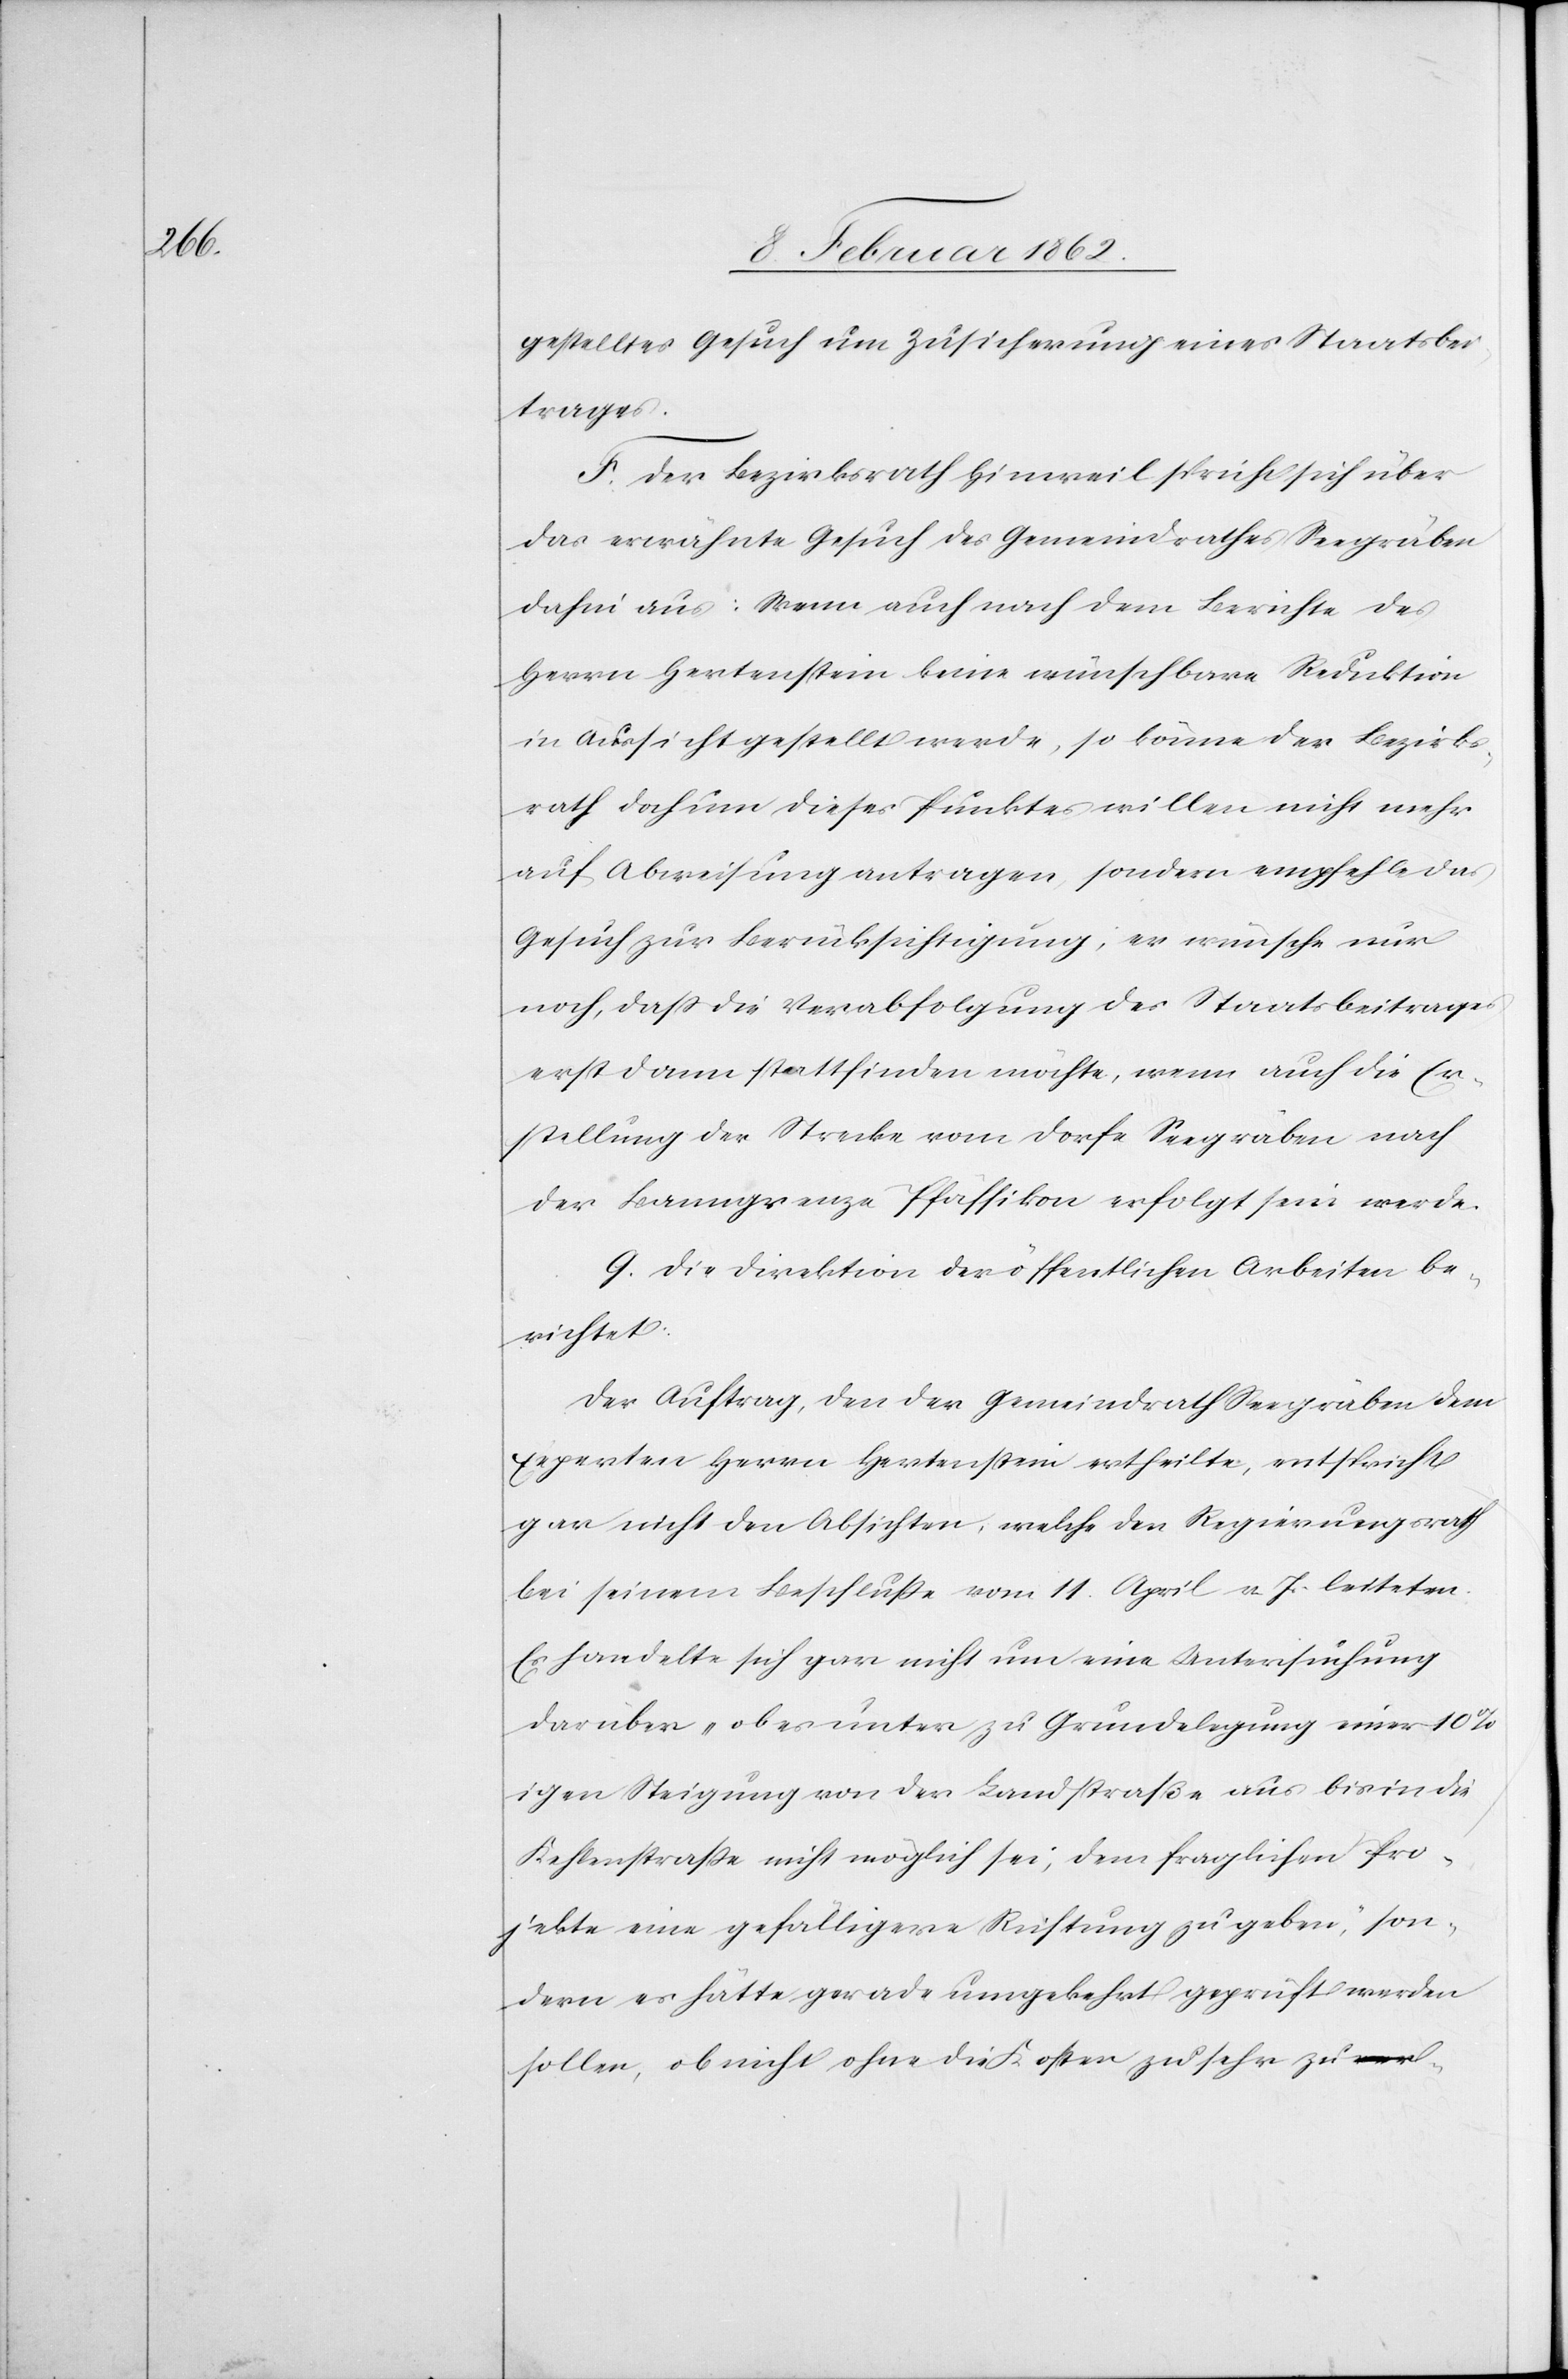
gestelltes Gesuch um Zusicherung eines Staatsbei¬
trages.
F. Der Bezirksrath Hinweil spricht sich über
das erwähnte Gesuch des Gemeindrathes Seegräben
dahin aus: Wenn auch nach dem Berichte des
Herrn Hertenstein keine wünschbare Reduktion
in Aussicht gestellt werde, so könne der Bezirks¬
rath doch um dieses Punktes willen nicht mehr
auf Abweisung antragen, sondern empfehle das
Gesuch zur Berücksichtigung; er wünsche nur
noch, daß die Verabfolgung des Staatsbeitrages
erst dann stattfinden möchte, wenn auch die Er¬
stellung der Strecke vom Dorfe Seegräben nach
der Banngrenze Pfäffikon erfolgt sein werde.
G. Die Direktion der öffentlichen Arbeiten be¬
richtet:
Der Auftrag, den der Gemeindrath Seegräben dem
Experten Herrn Hertenstein ertheilte, entspricht
gar nicht den Absichten, welche den Regierungsrath
bei seinem Beschlusse vom 11. April v. Js. leiteten.
Es handelte sich gar nicht um eine Untersuchung
darüber „ob es unter zu Grundlegung einer 10%i¬
gen Steigung von der Landstraße aus bis in die
Kehlenstraße [sic!] nicht möglich sei, dem fraglichen Pro¬
jekte eine gefälligere Richtung zu geben“, son¬
dern es hätte gerade umgekehrt geprüft werden
sollen, ob nicht ohne die Kosten zu sehr zu